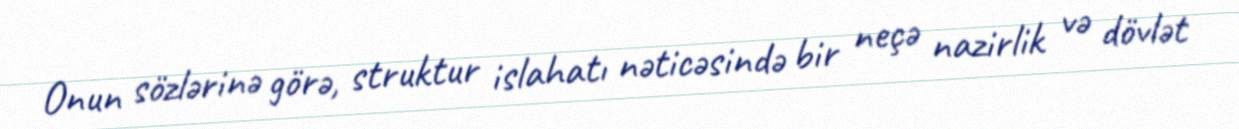
Onun sözlərinə görə, struktur islahatı nəticəsində bir neçə nazirlik və dövlət